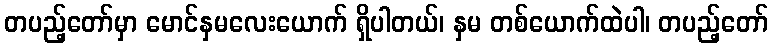
တပည့်တော်မှာ မောင်နှမလေးယောက် ရှိပါတယ်၊ နှမ တစ်ယောက်ထဲပါ၊ တပည့်တော်